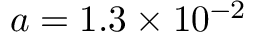
a = 1 . 3 \times 1 0 ^ { - 2 }